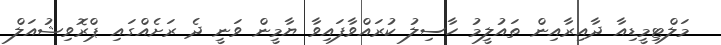
މަލްޓިމީޑިއާ ދާއިރާއިން ތައުލީމު ހާސިލު ކުރައްވާފައިވާ ޔާމީން ވަނީ ދެ ރަށެއްގައި ޕްރޮވިޝުއަލް